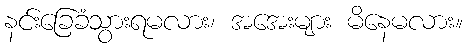
နင်းခြေခံသွားရမလား၊ အအေးများ မိနေမလား။